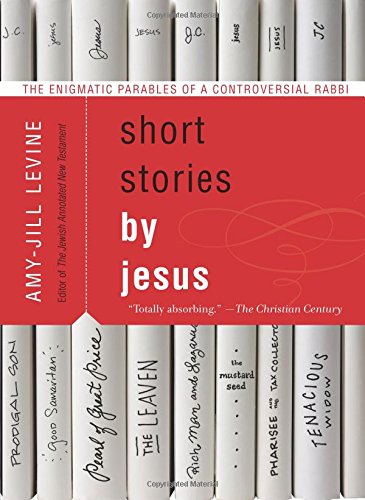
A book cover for Short Stories by Jesus: The Enigmatic Parables of a Controversial Rabbi; Amy-Jill Levine; Literature & Fiction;